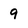
Character: 9